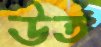
উত